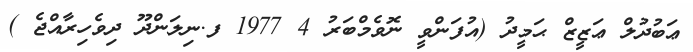
ޢަބުދުލް ޢަޒީޒް ޙަމީދު (އުފަންވީ ނޮވެމްބަރު 4 1977 ފ.ނިލަންދޫ ދިވެހިރާއްޖެ )